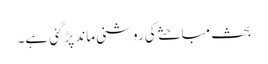
بحث مباحثے کی روشنی ماند پڑگئی ہے۔